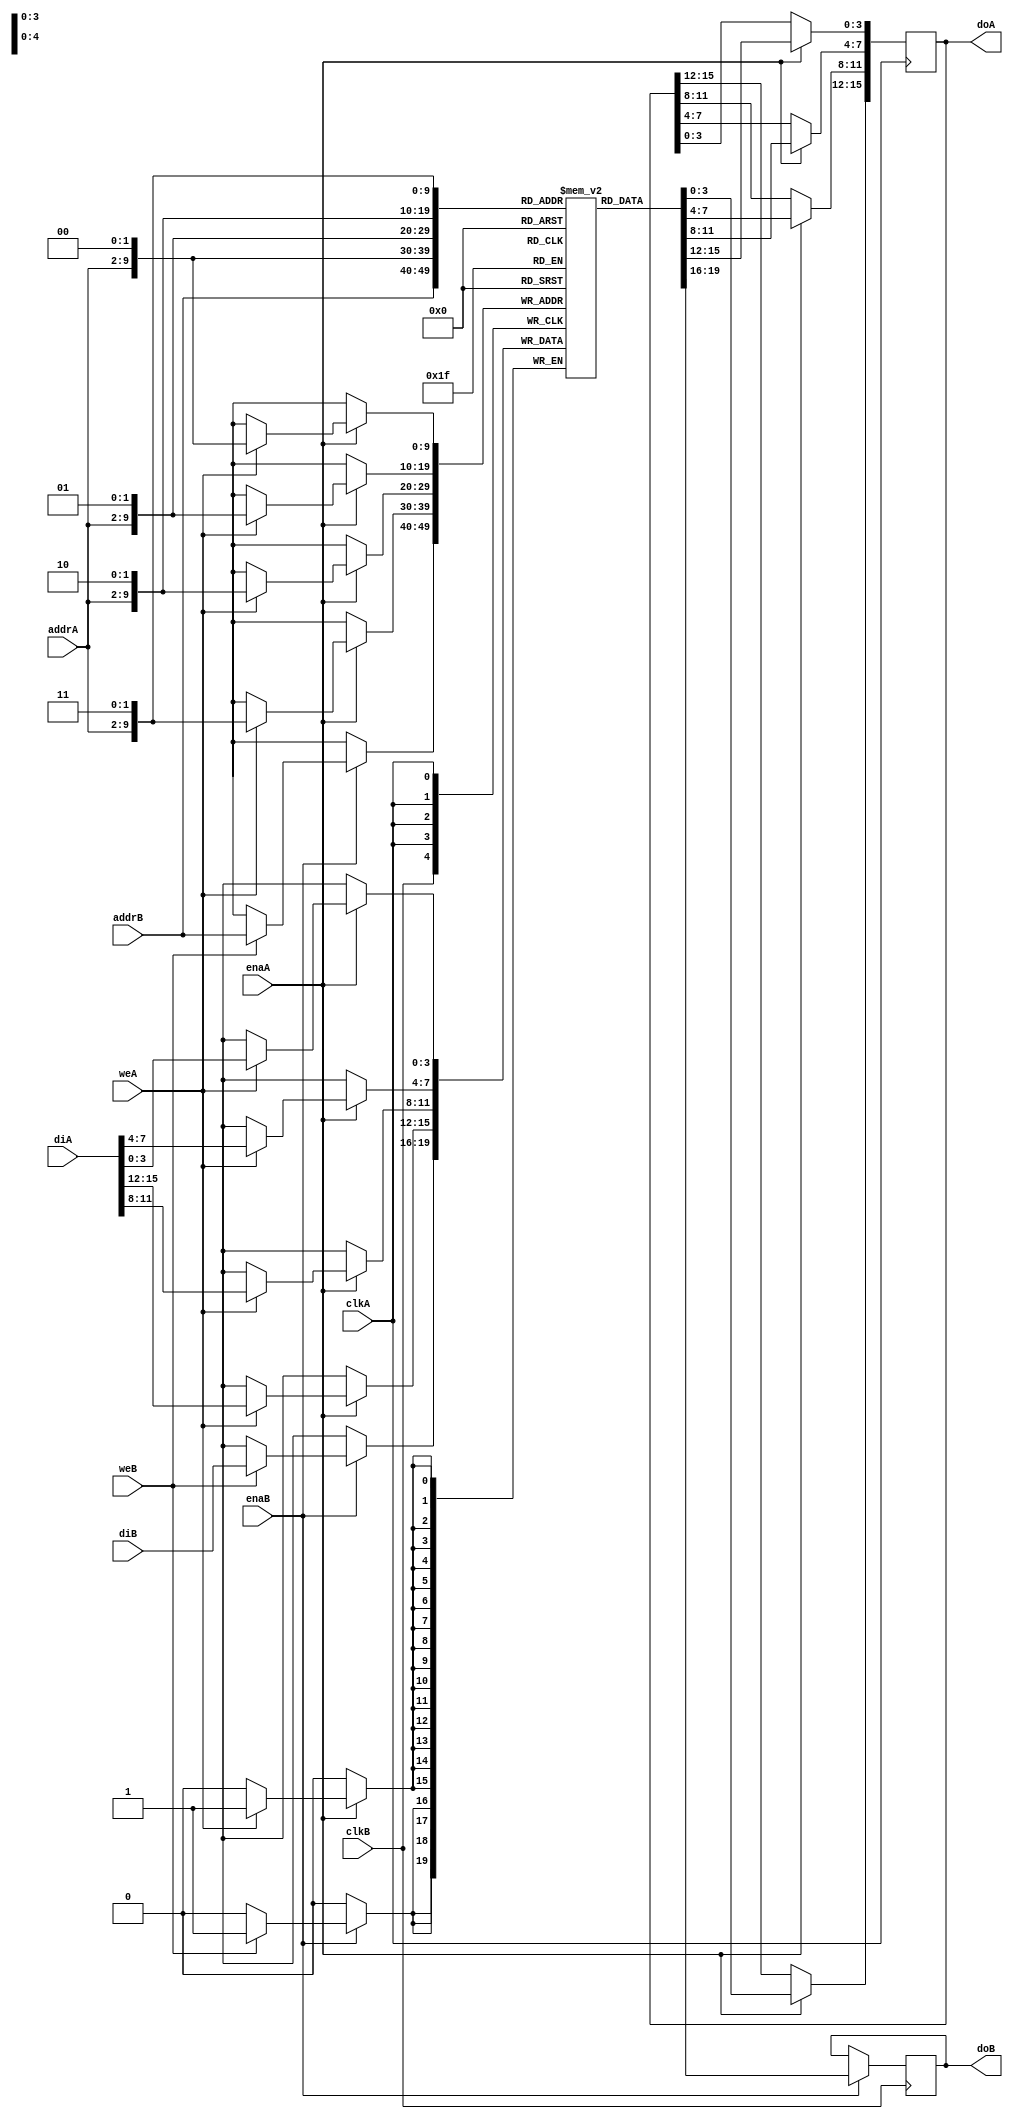
// Asymetric RAM - TDP
// READ_FIRST MODE.
// asym_ram_tdp_read_first.v
module asym_ram_tdp_read_first (clkA, clkB, enaA, weA, enaB, weB, addrA, addrB, diA, doA, diB, doB);

parameter WIDTHB = 4;
parameter SIZEB = 1024;
parameter ADDRWIDTHB = 10;
parameter WIDTHA = 16;
parameter SIZEA = 256;
parameter ADDRWIDTHA = 8;

input clkA;
input clkB;
input weA, weB;
input enaA, enaB;
input [ADDRWIDTHA-1:0] addrA;
input [ADDRWIDTHB-1:0] addrB;
input [WIDTHA-1:0] diA;
input [WIDTHB-1:0] diB;
output [WIDTHA-1:0] doA;
output [WIDTHB-1:0] doB;

`define max(a,b) {(a) > (b) ? (a) : (b)}
`define min(a,b) {(a) < (b) ? (a) : (b)}

function integer log2;
input integer value;
reg [31:0] shifted;
integer res;

begin
    if (value < 2)
        log2 = value;
    else
    begin
        shifted = value-1;
            for (res=0; shifted>0; res=res+1)
                shifted = shifted>>1;
                log2 = res;
    end
end
endfunction

localparam maxSIZE = `max(SIZEA, SIZEB);
localparam maxWIDTH = `max(WIDTHA, WIDTHB);
localparam minWIDTH = `min(WIDTHA, WIDTHB);
localparam RATIO = maxWIDTH / minWIDTH;
localparam log2RATIO = log2(RATIO);

reg [minWIDTH-1:0] RAM [0:maxSIZE-1];
reg [WIDTHA-1:0] readA;
reg [WIDTHB-1:0] readB;

always @(posedge clkB)
begin
    if (enaB) 
    begin
        readB <= RAM[addrB] ;
            if (weB)
                RAM[addrB] <= diB;
    end
end

always @(posedge clkA)
begin : portA
integer i;
reg [log2RATIO-1:0] lsbaddr ;
    for (i=0; i< RATIO; i= i+ 1)
    begin
        lsbaddr = i;
            if (enaA) 
            begin
                readA[(i+1)*minWIDTH -1 -: minWIDTH] <= RAM[{addrA, lsbaddr}];
                    if (weA)
                        RAM[{addrA, lsbaddr}] <= diA[(i+1)*minWIDTH-1 -: minWIDTH];
            end
    end
end

assign doA = readA;
assign doB = readB;

endmodule